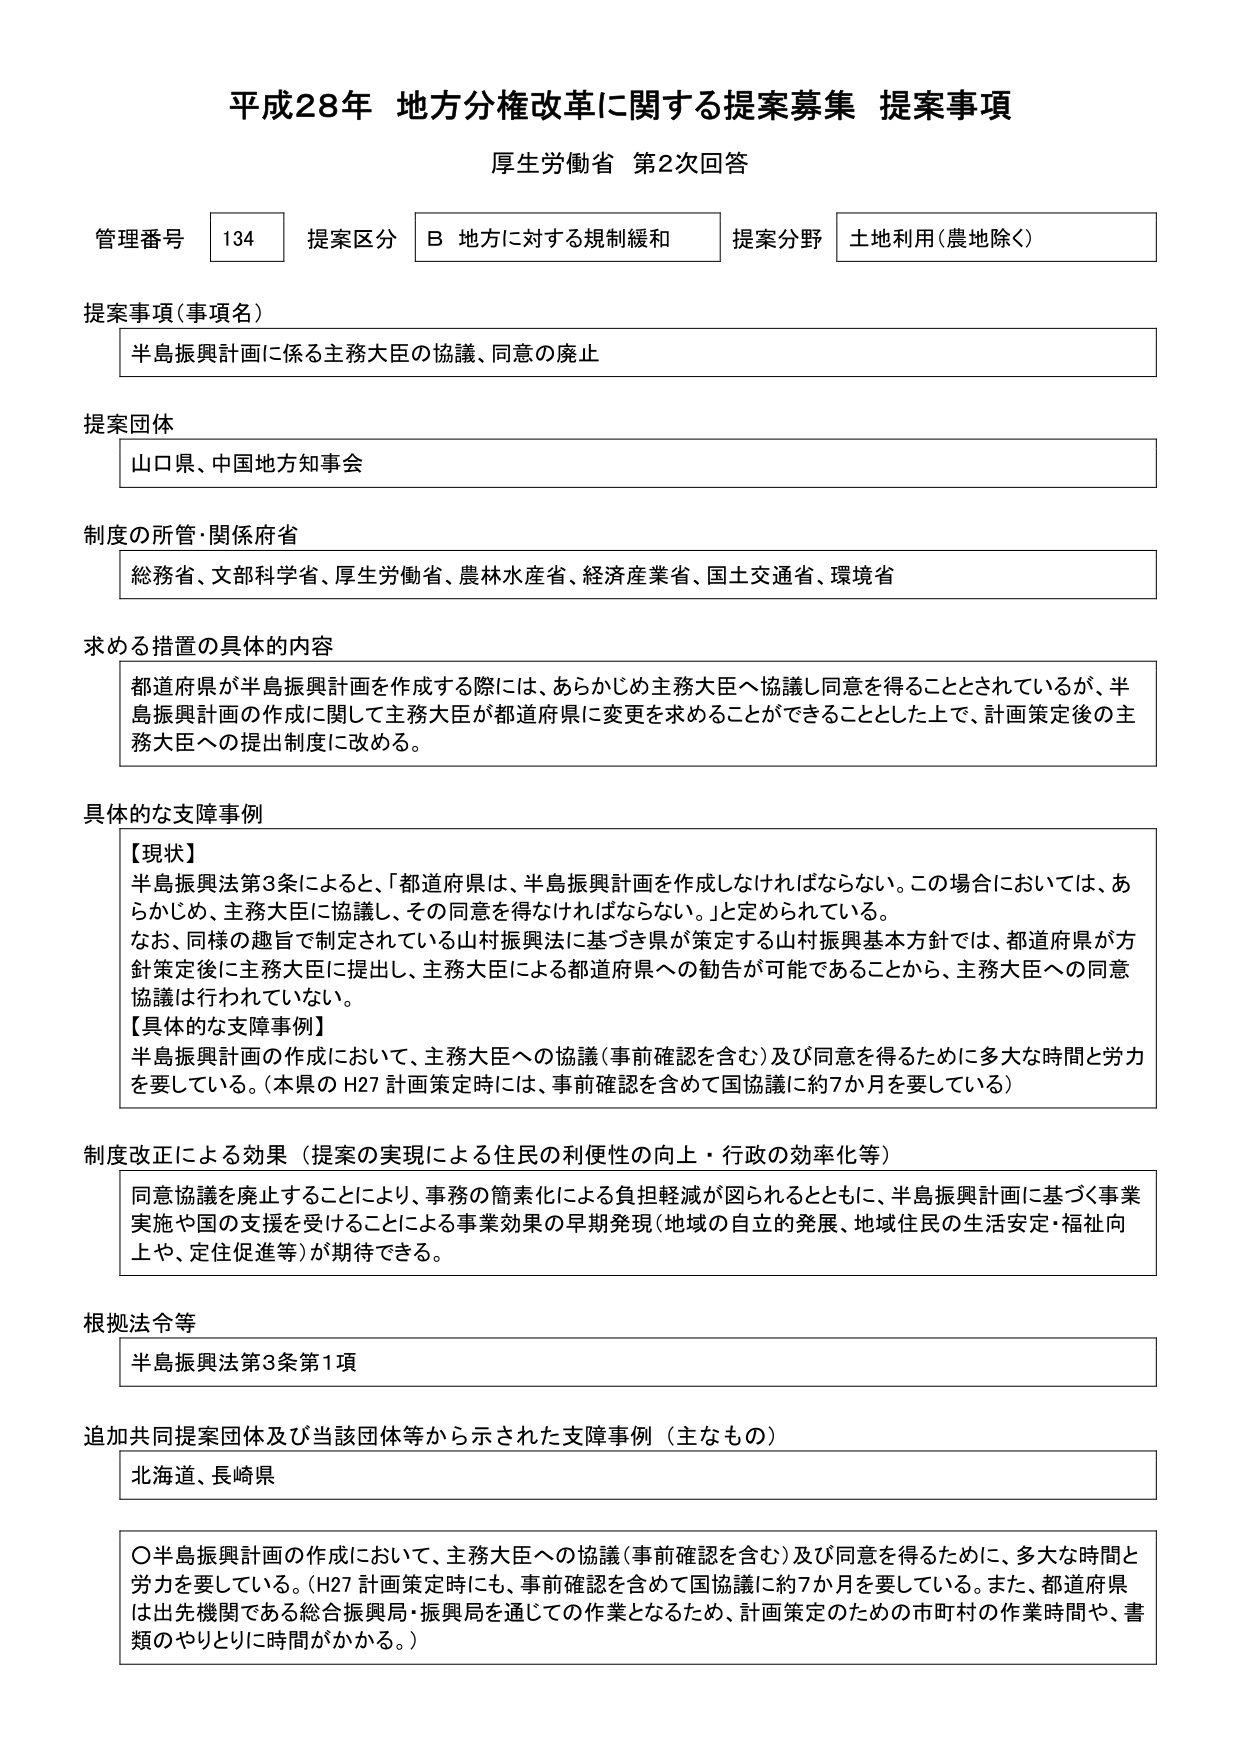
平成28年 地方分権改革に関する提案募集 提案事項
厚生労働省 第2次回答

管理番号 134 提案区分 B 地方に対する規制緩和 提案分野 土地利用（農地除く）

提案事項（事項名）
半島振興計画に係る主務大臣の協議、同意の廃止

提案団体
山口県、中国地方知事会

制度の所管・関係府省
総務省、文部科学省、厚生労働省、農林水産省、経済産業省、国土交通省、環境省

求める措置の具体的内容
都道府県が半島振興計画を作成する際には、あらかじめ主務大臣へ協議し同意を得ることとされているが、半島振興計画の作成に関して主務大臣が都道府県に変更を求めることができることとした上で、計画策定後の主務大臣への提出制度に改める。

具体的な支障事例
【現状】
半島振興法第3条によると、「都道府県は、半島振興計画を作成しなければならない。この場合においては、あらかじめ、主務大臣に協議し、その同意を得なければならない。」と定められている。
なお、同様の趣旨で制定されている山村振興法に基づき県が策定する山村振興基本方針では、都道府県が方針策定後に主務大臣に提出し、主務大臣による都道府県への勧告が可能であることから、主務大臣への同意協議は行われていない。
【具体的な支障事例】
半島振興計画の作成において、主務大臣への協議（事前確認を含む）及び同意を得るために多大な時間と労力を要している。（本県のH27計画策定時には、事前確認を含めて国協議に約7か月を要している）

制度改正による効果（提案の実現による住民の利便性の向上・行政の効率化等）
同意協議を廃止することにより、事務の簡素化による負担軽減が図られるとともに、半島振興計画に基づく事業実施や国の支援を受けることによる事業効果の早期発現（地域の自立的発展、地域住民の生活安定・福祉向上や、定住促進等）が期待できる。

根拠法令等
半島振興法第3条第1項

追加共同提案団体及び当該団体等から示された支障事例（主なもの）
北海道、長崎県

〇半島振興計画の作成において、主務大臣への協議（事前確認を含む）及び同意を得るために、多大な時間と労力を要している。（H27計画策定時にも、事前確認を含めて国協議に約7か月を要している。また、都道府県は出先機関である総合振興局・振興局を通じての作業となるため、計画策定のための市町村の作業時間や、書類のやりとりに時間がかかる。）